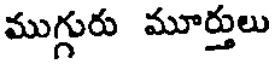
ముగ్గురు మూర్తులు